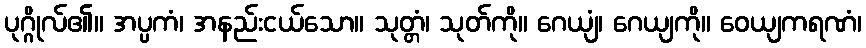
ပုဂ္ဂိုလ်၏။ အပ္ပကံ၊ အနည်းငယ်သော။ သုတ္တံ၊ သုတ်ကို။ ဂေယျံ၊ ဂေယျကို။ ဝေယျကရဏံ၊